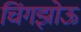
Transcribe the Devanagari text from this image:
चिंगझोऊ